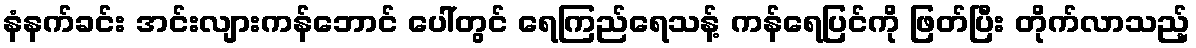
နံနက်ခင်း အင်းလျားကန်ဘောင် ပေါ်တွင် ရေကြည်ရေသန့် ကန်ရေပြင်ကို ဖြတ်ပြီး တိုက်လာသည့်